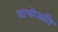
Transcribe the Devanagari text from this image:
प्रायोजति